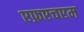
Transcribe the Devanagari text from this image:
एफ़एचएम